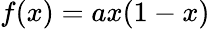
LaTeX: f(x)=ax(1-x)